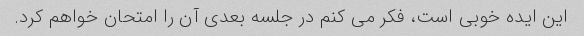
این ایده خوبی است، فکر می کنم در جلسه بعدی آن را امتحان خواهم کرد.